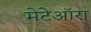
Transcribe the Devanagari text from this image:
मेटेऑरा